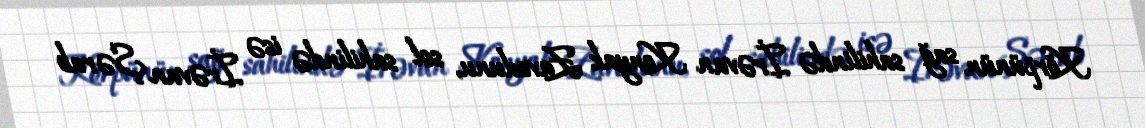
Körpünün sağ sahilində İrəvan Konyak Zavodunu, sol sahilində isə İrəvan Şərab